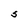
Character: S